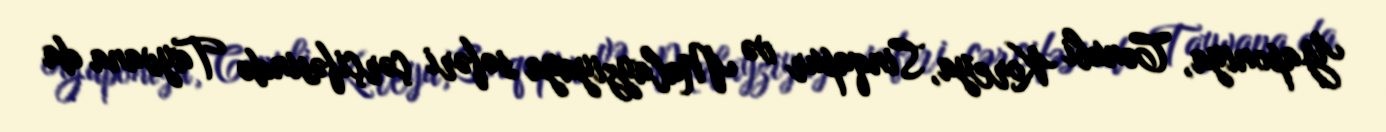
Yaponiya, Cənubi Koreya, Sinqapur və Malayziyaya səfəri çərçifəsində Tayvana da